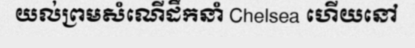
យល់ព្រមសំណើដឹកនាំ Chelsea ហើយនៅ